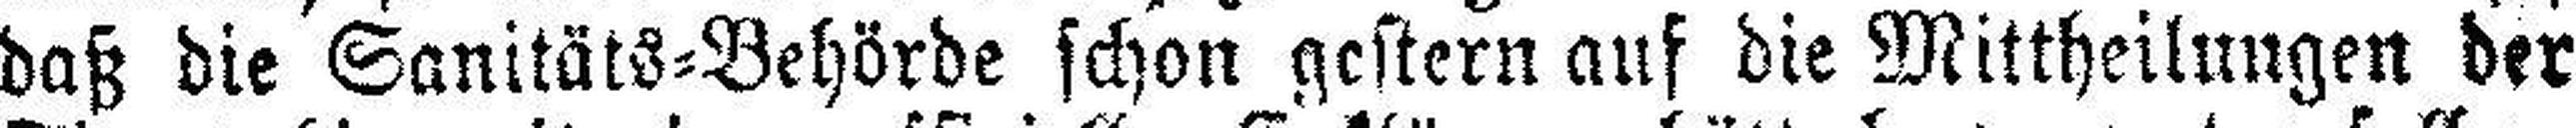
daß die Sanitäts=Behörde schon gestern auf die Mittheilungen der